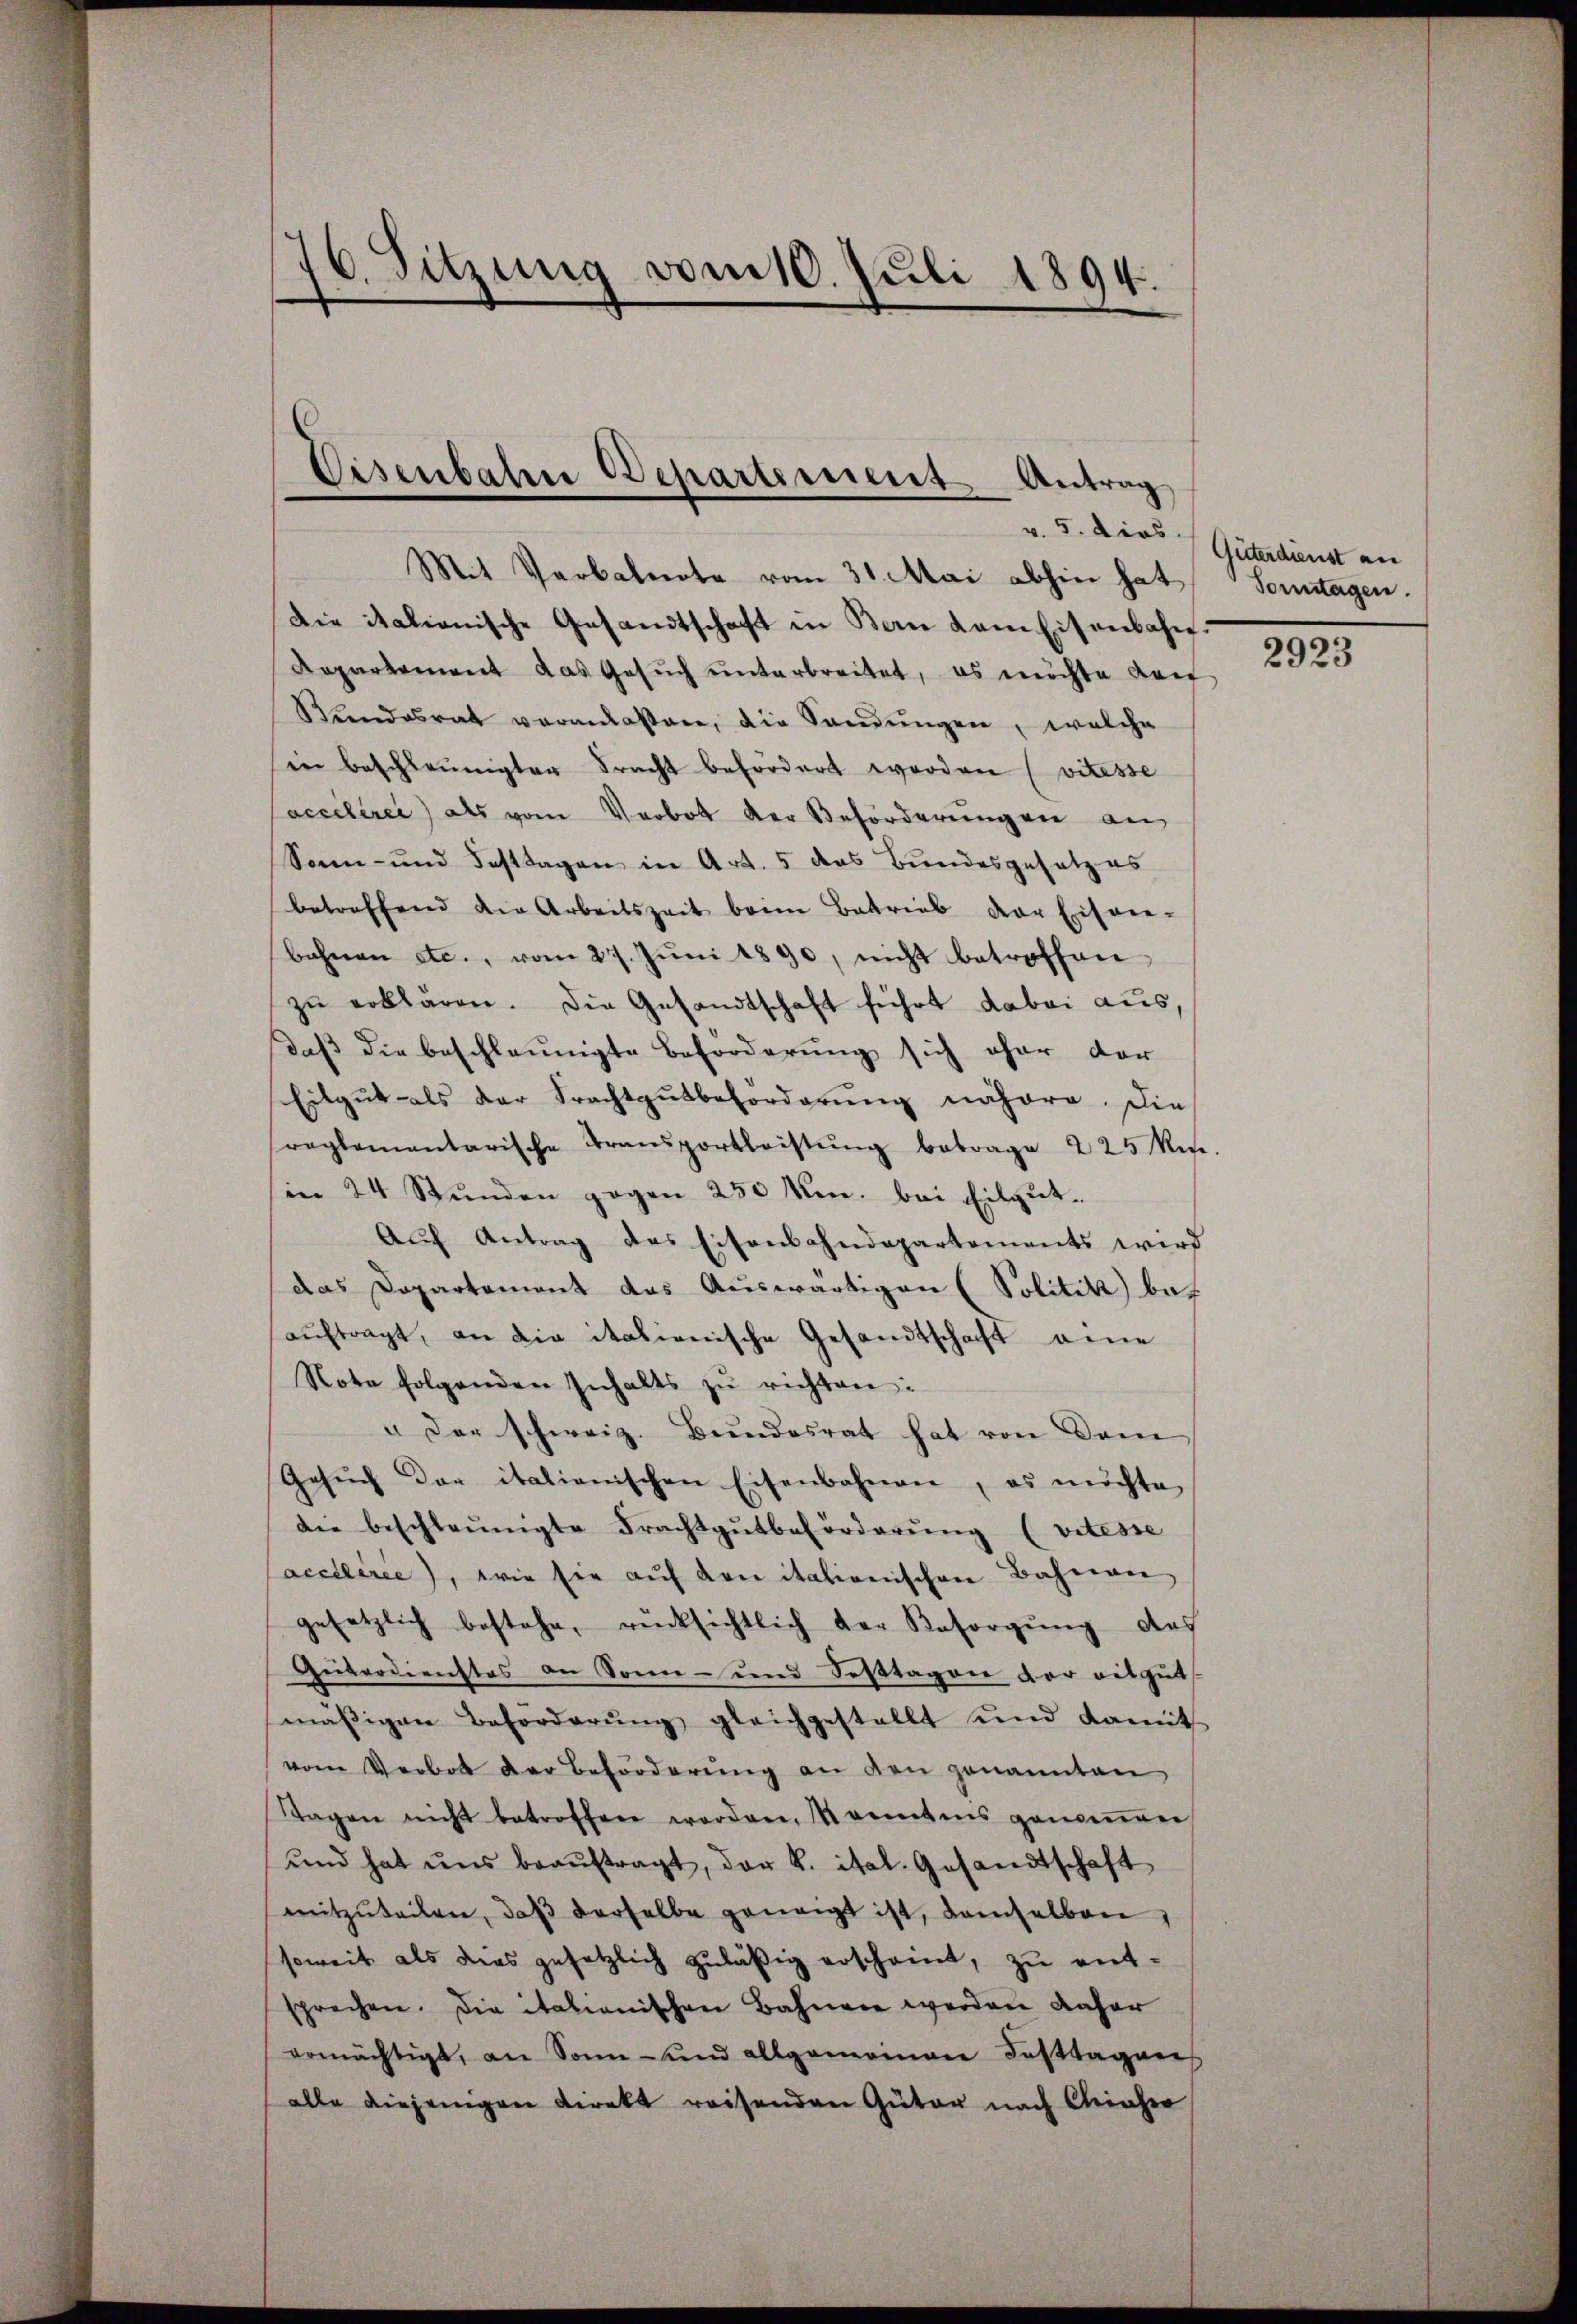
d. Sitzung vom 10. Juli 1894.
e

Eisenbahn Departement Antrag
v. 5. dies

Mit Verbalnote vom 31. Mai abhin hat
Die italionische Gesandtschaft in Bern dem Eisenbahn
Repartement das Gesuch unterbreitet, es möchte der
Bundesrat veranlassen, die Sandŭngen, welche
in beschleunigter Fracht befördert worden (vitesse
accelirei) als vom Verbot der Beförderungen an
Sonn- und Festtagen in Art. 5 das Bundesgesetz es
betreffend die Arbeitszeit beim Betrieb der Eisen-
bahnen etc., vom 27. Jŭni 1890, nicht betroffen
zŭ erklären. Die Gesandtschaft führt dabei aus,
daβ die beschleunigte Beforderŭng sich ohne der
Eilgŭt als der Frachtgutbeforderŭng nähere. Die
reglementarische Transportleistŭng betrage 2 25 Res.
in 24 Stunden gegen 250 Rpn. bei Eilgut¬
Auf Antrag des Eisenbahndepartements wird
das Dapartament das Auswärtigen (Politik bet
aŭftragt, an die italienische Gesandtschaft eine
Note folgenden Inhalts zŭ richten:
u der schweiz. Bŭndesrat hat von Dam
Gesŭch der italienischen Eisenbahnen, es möchte,
die beschleunigte Frachtgŭtbeförderŭng (vitesse
acctlerie), wie sie aŭf den italienischen Bahnen
gesetzlich bestehe, rücksichtlich der Besorgŭng des
Güterdienstes an Sonn- und Festtagen der ritguts
mäβigen Beforderŭng gleichgestellt und damit
vom Verbot der Beförderung an den genannten
Tagen nicht betroffen worden, kanntens genoṁen
und hat uns beaŭftragt, der k. ital. Gesandtschaft
mitzŭteilen, daβ derselbe geneigt ist, damselben,
soweit als dies gesetzlich zuläßig erscheint, zu ent-
sprechen. Die italienischen Bahnen werden daher
ermächtigt, an Sonn- und allgemeinen Fasttagens
alle diejenigen Direkt reisenden Güter nach Chieser

Güterdienst an
Sonntagen.

2923